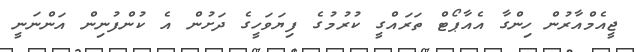
ޖީއެމްއާރުން ހިންގާ އެއާޕޯޓް ތަރައްގީ ކުރުމުގެ ފިޔަވަހީގެ ދަށުން އެ ކުންފުނިން އަންނަނީ